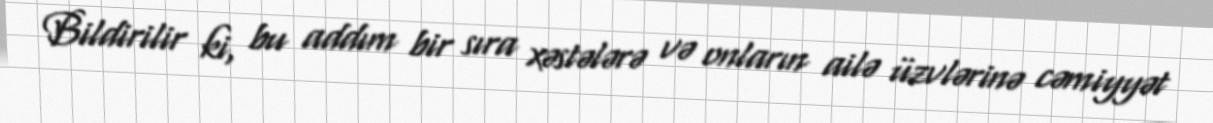
Bildirilir ki, bu addım bir sıra xəstələrə və onların ailə üzvlərinə cəmiyyət